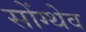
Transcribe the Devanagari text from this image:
सोंग्थेव